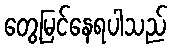
တွေ့မြင်နေရပါသည်